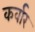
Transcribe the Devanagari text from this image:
कर्वार